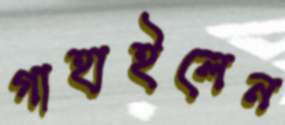
গাহাইলেন